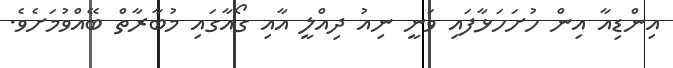
އިންޑިއާ އިން ހުށަހަޅާފައި ވަނީ ނިއު ދިއްލީ އާއި ގޯއާގައި މުބާރާތް ބޭއްވުމަށެވެ.